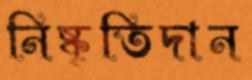
নিষ্কৃতিদান